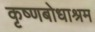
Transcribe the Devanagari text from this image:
कृष्णबोधाश्रम